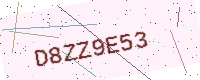
Text: D8ZZ9E53